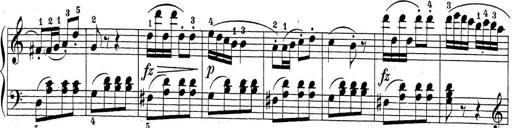
Title: Sonatina Album
Composer: Louis KÃ¶hler